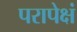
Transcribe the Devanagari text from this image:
परापेक्षं